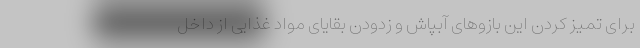
برای تمیز کردن این بازوهای آبپاش و زدودن بقایای مواد غذایی از داخل